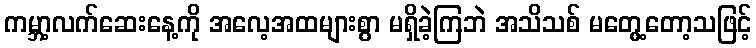
ကမ္ဘာ့လက်ဆေးနေ့ကို အလေ့အထများစွာ မရှိခဲ့ကြဘဲ အသိသစ် မတွေ့တော့သဖြင့်